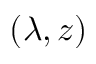
( \lambda , z )